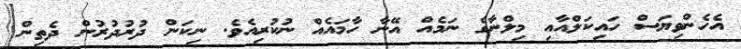
އެހެންވިޔަސް ހައިކަލްއާއި މިލްނާގެ ނަމެއް އޭނާ ހާމައެއް ނުކުރިއެވެ. ނިކަން ދުރުދުރުން ދެތިން